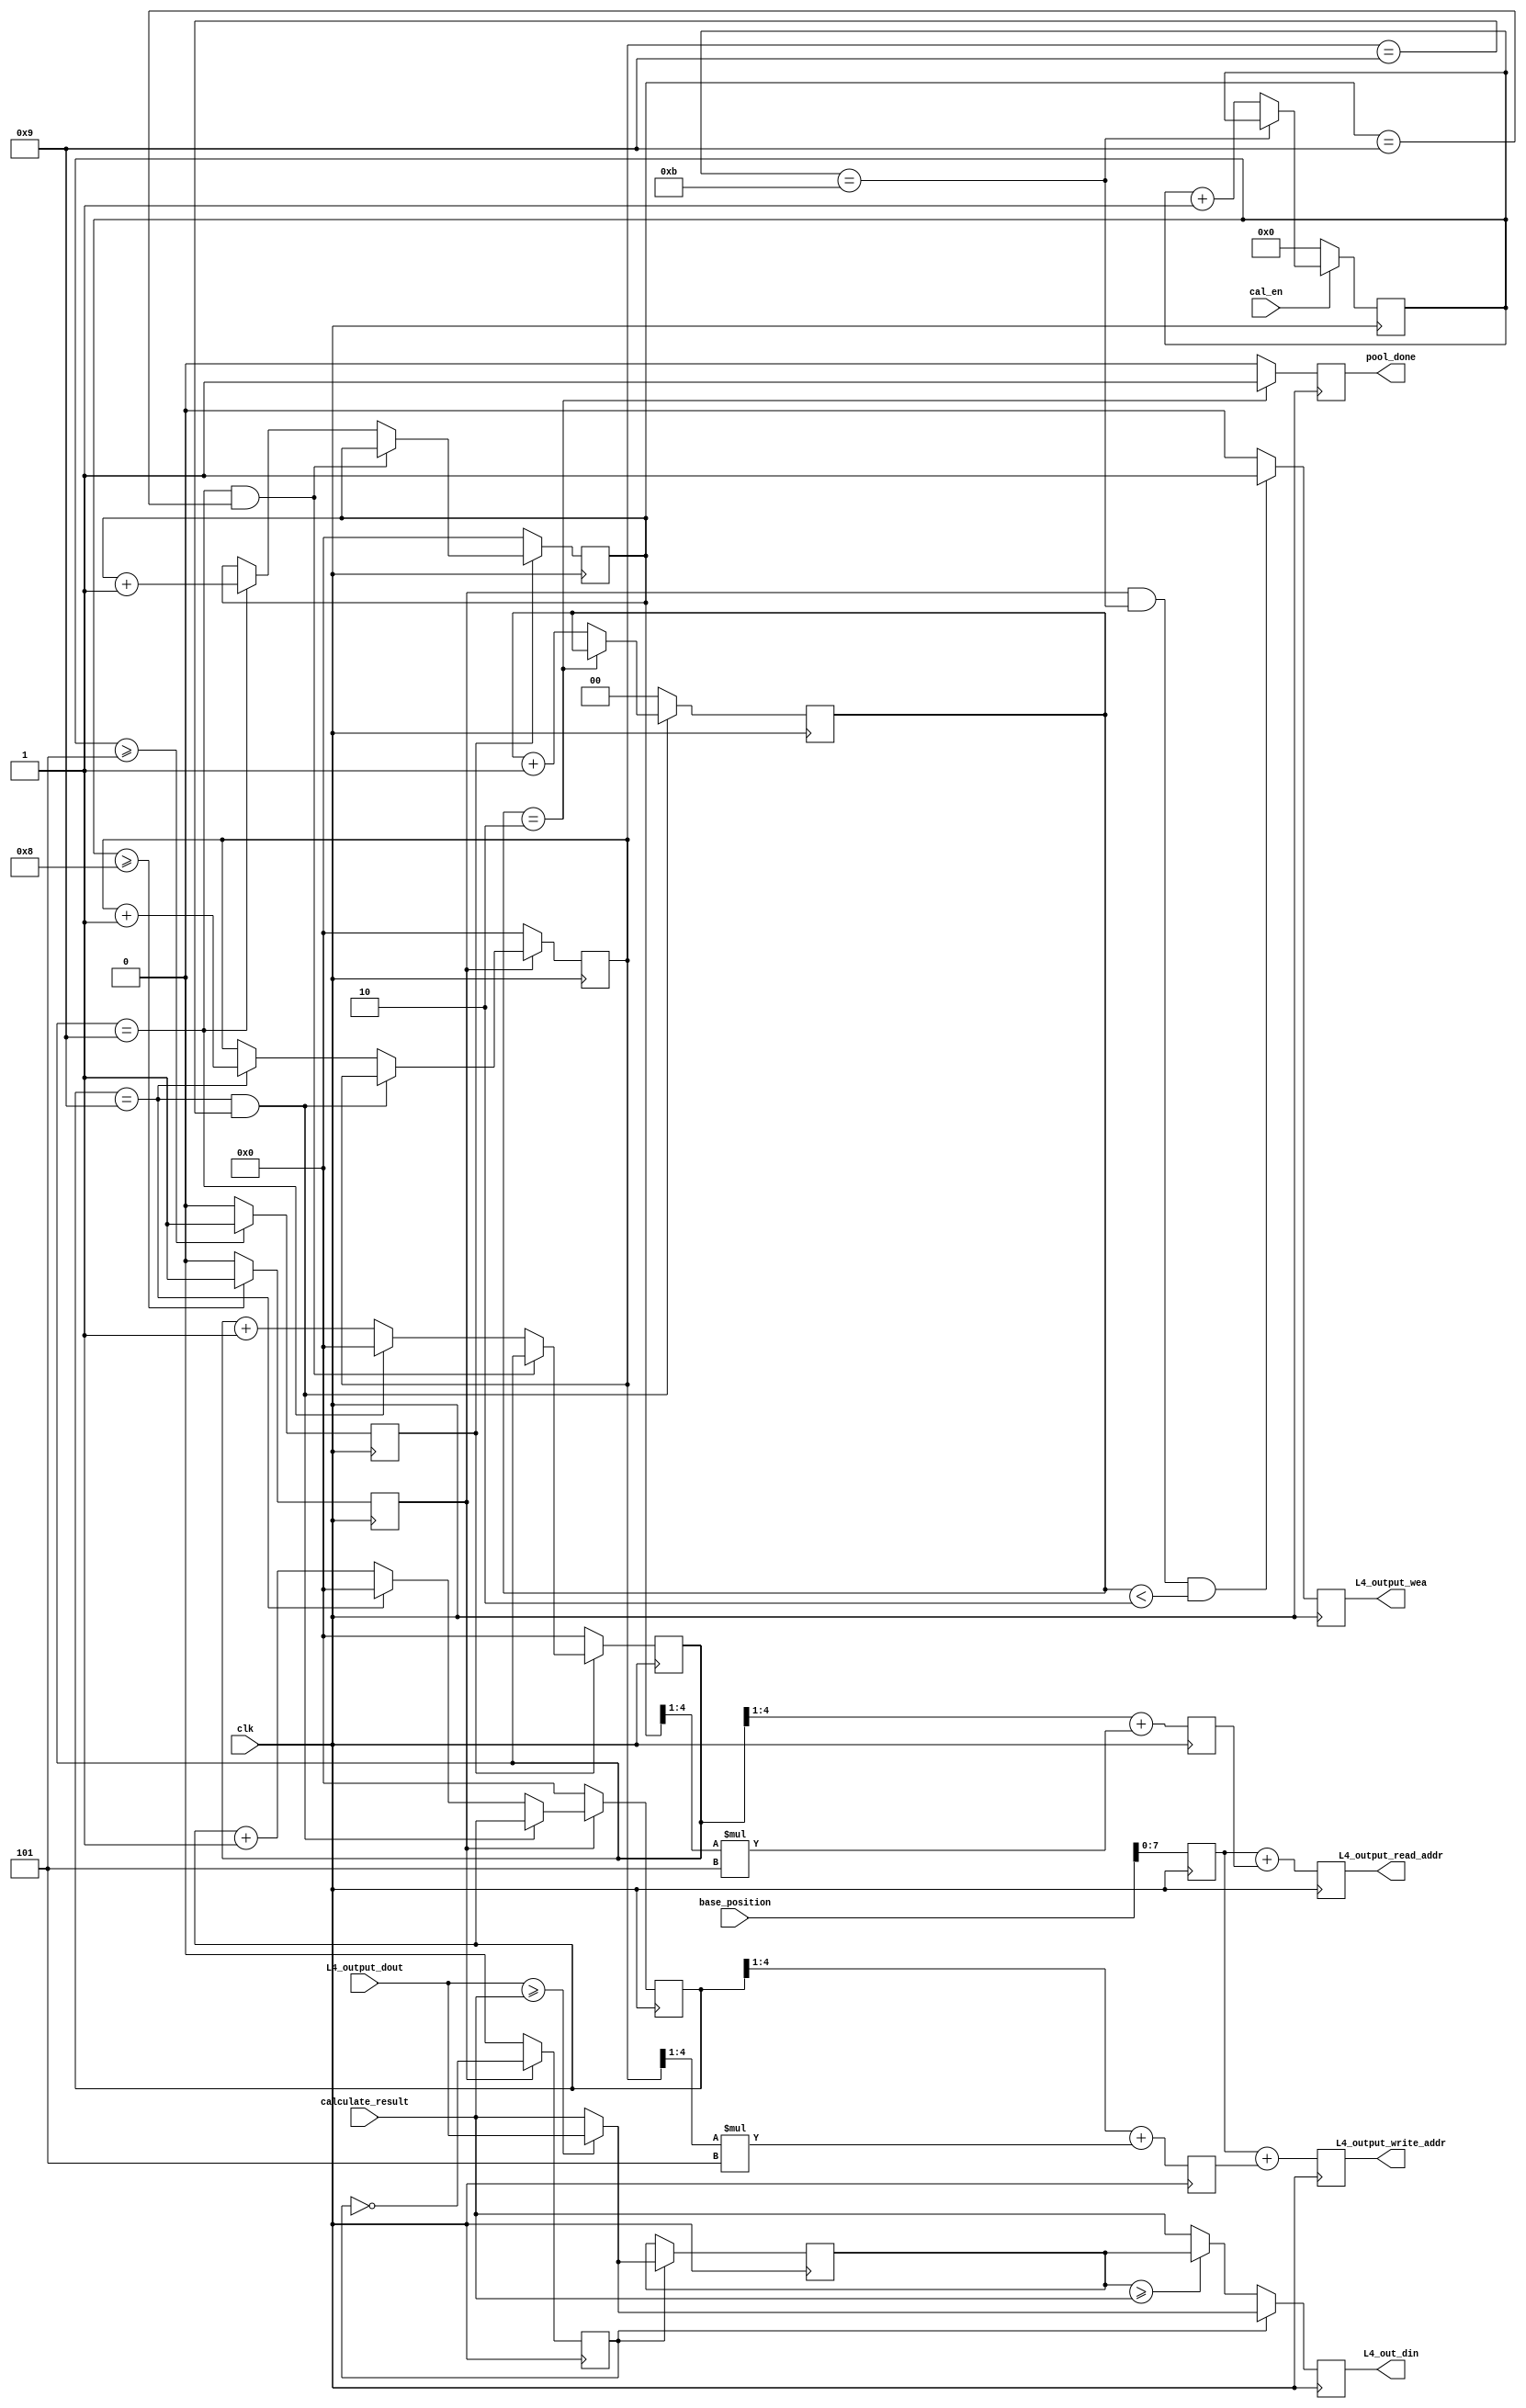
`timescale 1ns / 1ps
//////////////////////////////////////////////////////////////////////////////////
// Company: 
// Engineer: 
// 
// Design Name: 
// Module Name: pooling_2d
// Project Name: 
// Target Devices: 
// Tool Versions: 
// Description: 
// 
// Dependencies: 
// 
// Revision:
// Revision 0.01 - File Created
// Additional Comments:
// 
//////////////////////////////////////////////////////////////////////////////////


module pooling_layer3
#(parameter 
        DATA_WIDTH = 16
)
(
    input               clk,
    input               cal_en,
    input [11:0]        base_position,
    input [DATA_WIDTH - 1 : 0]      L4_output_dout,
    input [DATA_WIDTH - 1 : 0]      calculate_result,
    output reg [7:0]    L4_output_read_addr,
    output reg [7:0]    L4_output_write_addr,
    output reg          L4_output_wea,
    output reg [DATA_WIDTH - 1:0]   L4_out_din,
    output reg          pool_done
    );

    reg [DATA_WIDTH - 1:0] L4_temp;
    reg [3:0] L4_wait;
    reg r_en;
    reg w_en;
    reg ev_odd;
    reg [1:0] done_cnt;



    // always@(L4_output_dout,calculate_result,L4_temp)begin
    //     if()
    //     else if(L4_output_dout >= calculate_result) 
    //         L4_temp = L4_output_dout;
    //     else 
    //         L4_temp = calculate_result;

    // end

    always@(posedge clk)begin
        if(ev_odd == 1'b1)begin
            L4_temp <= (L4_output_dout >= calculate_result) ? L4_output_dout : calculate_result;
            L4_out_din <= (L4_output_dout >= calculate_result) ? L4_output_dout : calculate_result;
        end
        else begin
            L4_temp <= L4_temp;
            L4_out_din <= (L4_temp >= calculate_result) ? L4_temp : calculate_result ;
        end
    end

  
    always@(posedge clk)begin
        if(w_en)begin
            ev_odd <= ~ev_odd;
        end
        else begin
            ev_odd <= 1'b0;
        end
    end

    reg [4:0] r_row,r_col,w_row,w_col;

    always@(posedge clk)begin
        if(cal_en)begin
            if(L4_wait == 4'd11)begin
                L4_wait <= L4_wait;
            end
            else begin
                L4_wait <= L4_wait + 1'b1;
            end
        end
        else begin
            L4_wait <= 1'b0;
        end

        //r_start
        if(L4_wait >= 4'd5)begin
            r_en <=  1'b1;
        end
        else begin
            r_en <= 1'b0;
        end

        //w_start

        if(L4_wait >= 4'd8)begin
            w_en <= 1'b1;
        end
        else if(w_row == 5'd9 && w_col == 5'd9)begin
            w_en <= 1'b0;
        end
        else begin
            w_en <= 1'b0;
        end
        
    end

    always@(posedge clk)begin
        if(r_en)begin
            if(r_row == 5'd9 && r_col == 5'd9)begin
                r_row <= r_row;
                r_col <= r_col;
            end
            else if(r_row == 5'd9)begin
                r_row <= 1'b0;
                r_col <= r_col + 1'b1;
            end
            else begin
                r_row <= r_row + 1'b1;
                r_col <= r_col;
            end
        end
        else begin
            r_row <= 1'b0;
            r_col <= 1'b0;
        end

        if(w_en)begin
            if(w_row == 5'd9 && w_col == 5'd9)begin
                w_row <= w_row;
                w_col <= w_col;
            end
            else if(w_row == 5'd9)begin
                w_row <= 1'b0;
                w_col <= w_col + 1'b1;
            end
            else begin
                w_row <= w_row + 1'b1;
                w_col <= w_col;
            end
        end
        else begin
            w_row <= 1'b0;
            w_col <= 1'b0;
        end    

        if(w_en == 1'b1 && L4_wait == 4'd11 && done_cnt < 2'b10)begin
            L4_output_wea <= 1'b1;
        end
        else begin
            L4_output_wea <= 1'b0;
        end


    end
   
    always@(posedge clk)begin
        if(w_row == 5'd9 && w_col == 5'd9)begin
            if(done_cnt ==2'b10)begin
                done_cnt <=done_cnt;
            end
            else begin
                done_cnt<=done_cnt+1'b1;
            end
        end
        else begin
            done_cnt <= 1'b0;
        end

        if(done_cnt == 2'b10)begin
            pool_done <= 1'b1;
        end
        else begin
            pool_done <= 1'b0;
        end
    end

    wire [3:0] shift_r_row;
    wire [3:0] shift_r_col;
    wire [3:0] shift_w_row;
    wire [3:0] shift_w_col;


    assign shift_r_row = r_row >>1;
    assign shift_r_col = r_col >>1;
    assign shift_w_row = w_row >>1;
    assign shift_w_col = w_col >>1; 
    

    reg [DATA_WIDTH -1:0] base_addr;
    reg [DATA_WIDTH -1:0] shifted_addr [0:1];

    always@(posedge clk)begin

        //calcaulte address 2cycle delayed
        base_addr <= base_position;
        
        shifted_addr [0] <= shift_r_row + (shift_r_col)*4'd5;
        shifted_addr [1] <= shift_w_row + (shift_w_col)*4'd5;

        L4_output_read_addr  <=  base_addr + shifted_addr [0];
        L4_output_write_addr <=  base_addr  + shifted_addr [1];
    end

endmodule